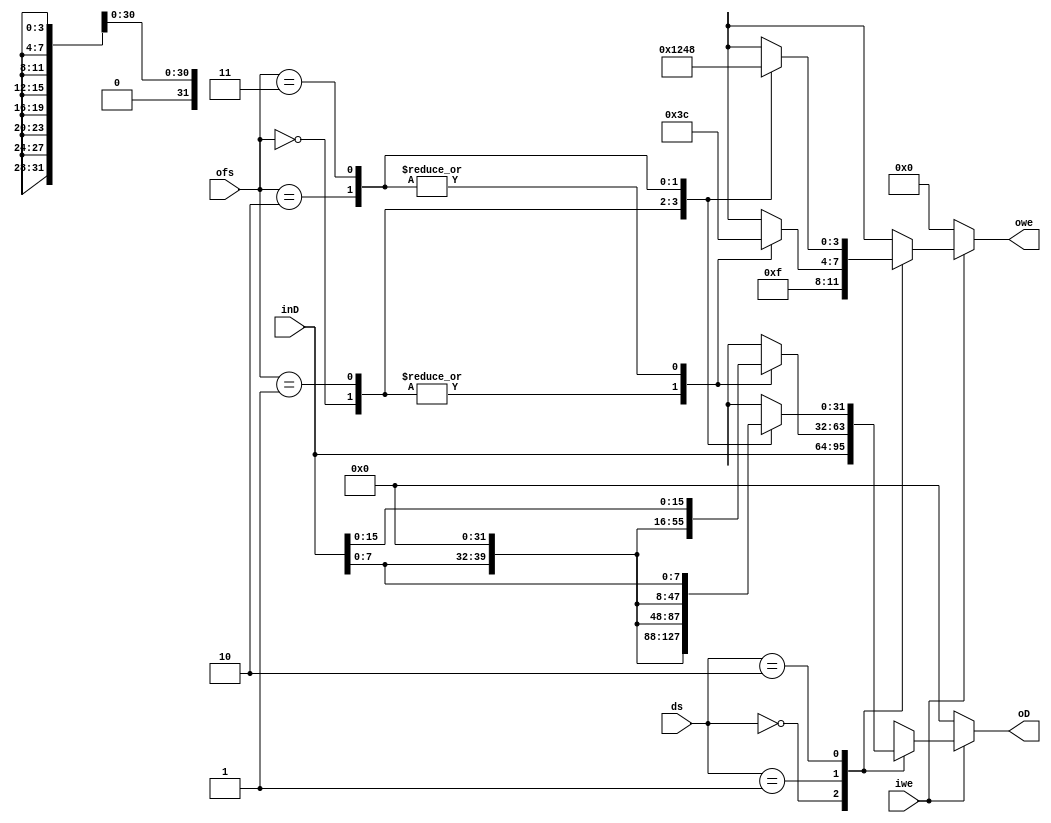
module MemoryWDataEncoder(
    input [31:0] inD,
    input [1:0]ofs,
    input iwe,
    input [1:0] ds,
    output reg[31:0] oD,
    output reg[3:0] owe
);

always @(*)
if(iwe)
begin
  case (ds)
        2'b00: //Word
        begin
            owe=4'b1111;
            oD = inD;
        end
        2'b01: //Half-Word
        begin
            case (ofs)
              2'b00:
              begin
                owe=4'b0011;
                oD=inD<<16;
              end
              2'b01:
              begin
                owe=4'b0011;
                oD=inD<<16;
              end
              2'b10:
              begin
                owe=4'b1100;
                oD={16'b0,inD[15:0]};
              end
              2'b11:
              begin
                owe=4'b1100;
                oD={16'b0,inD[15:0]};
              end
            endcase
        end
        2'b10: //Byte
        begin
            case(ofs)
              2'b00:
              begin
                owe=4'b0001;
                oD=inD<<24;
              end
              2'b01:
              begin
                owe=4'b0010;
                oD={8'b0,inD[7:0],16'b0};
              end
              2'b10:
              begin
                owe=4'b0100;
                oD={16'b0,inD[7:0],8'b0};
              end
              2'b11:
              begin
                owe=4'b1000;
                oD={24'b0,inD[7:0]};
              end
            endcase
        end
    default: 
        begin
        owe=4'bx;
        oD=31'bx;
        end
  endcase
end else begin
    owe=4'b0000;
    oD=31'b0;
end

endmodule